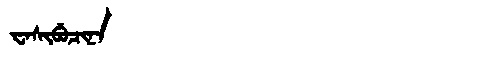
Manchu: ᠸᠠᠰᡳᠪᡠᠴᡳᠨᠠ
Romanization: WASIBUCINA